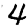
Digit: 4